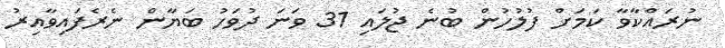
ނުރައްކާވާ ކަމަށް ފުލުހުން ބުނެ ޖުލައި 31 ވަނަ ދުވަހު ބަޔާން ނެރެފައިވާއިރު